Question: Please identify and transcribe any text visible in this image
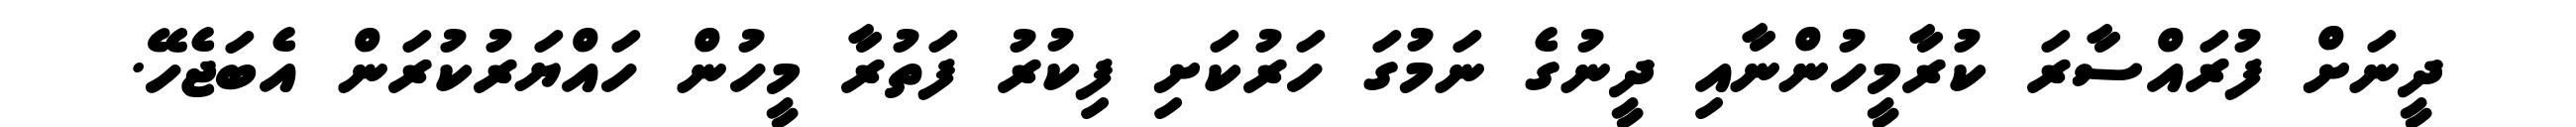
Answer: ދީނަށް ފުރައްސާރަ ކުރާމީހުންނާއި ދީނުގެ ނަމުގަ ހަރުކަށި ފިކުރު ފަތުރާ މީހުން ހައްޔަރުކުރަން އެބަޖެހޭ.